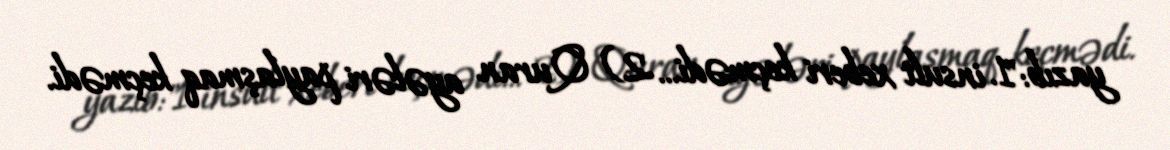
yazıb:"1. insult xeberi keçmədi... 2) Quran ayələri paylaşmaq keçmədi.